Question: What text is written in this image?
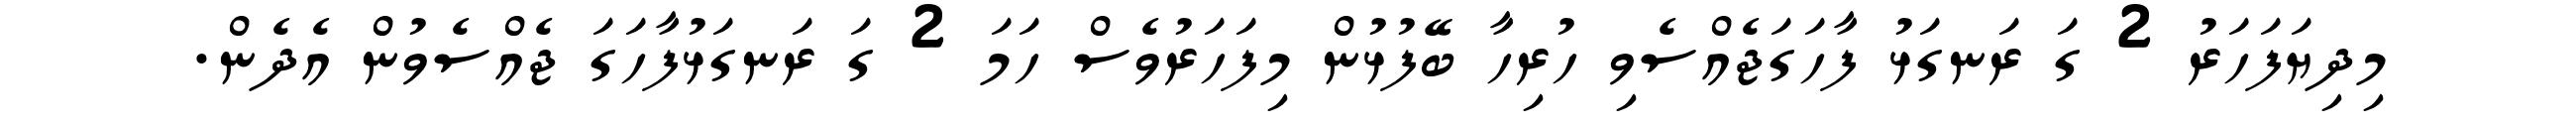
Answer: މިދިޔަފަހަރު 2 ގަ ރަނގަޅު ފާހަގަޖެއްސެވި ހުރިހާ ބޭފުޅުން މިފަހަރުވެސް ހަމަ 2 ގަ ރަނގަޅުފާހަގަ ޖެއްސެވުން އެދެން.